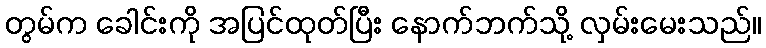
တွမ်က ခေါင်းကို အပြင်ထုတ်ပြီး နောက်ဘက်သို့ လှမ်းမေးသည်။